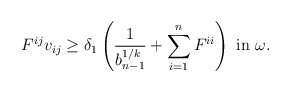
\begin{align*}F^{ij} v_{ij} \geq \delta_1 \left(\frac{1}{b_{n-1}^{1/k}} + \sum_{i=1}^n F^{ii}\right) \mbox{ in } \omega.\end{align*}